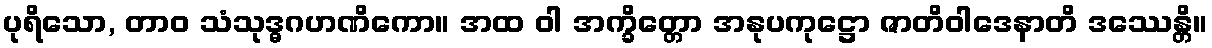
ပုရိသော, တာဝ သံသုဒ္ဓဂဟဏိကော။ အထ ဝါ အက္ခိတ္တော အနုပကုဋ္ဌော ဇာတိဝါဒေနာတိ ဒဿေန္တိ။